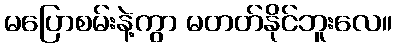
မပြောစမ်းနဲ့ကွာ မတတ်နိုင်ဘူးလေ။